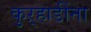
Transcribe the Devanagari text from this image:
कुऱ्हाडींना